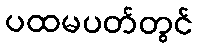
ပထမပတ်တွင်